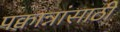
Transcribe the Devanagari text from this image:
पक्वान्नांसाठी